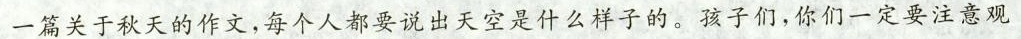
一篇关于秋天的作文，每个人都要说出天空是什么样子的。孩子们，你们一定要注意观